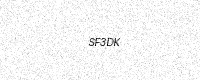
Text: SF3DK